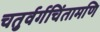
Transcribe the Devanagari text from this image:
चतुर्वर्गचिंतामणि